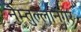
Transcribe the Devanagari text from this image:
नैम्तुल्लानगर